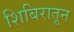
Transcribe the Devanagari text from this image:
शिबिरातून